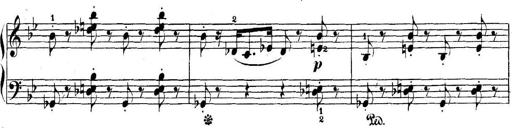
Title: 5 Sonatinas
Composer: Theodor Kirchner